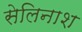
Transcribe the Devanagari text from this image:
सेलिनाश